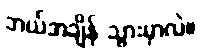
ဘယ်အချိန် သွားမှာလဲ။